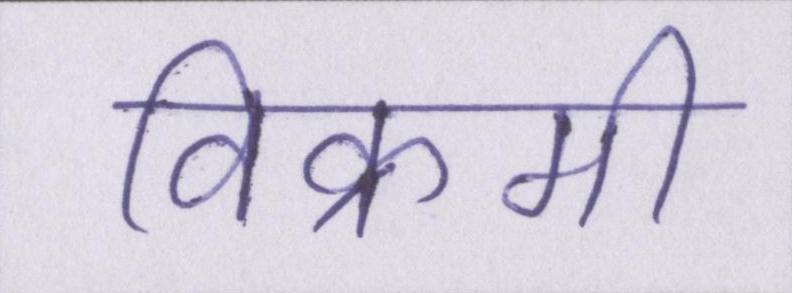
विक्रमी